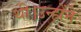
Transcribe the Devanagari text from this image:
थी।उन्होंने